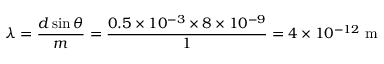
\lambda = \frac { d \sin \theta } { m } = \frac { 0 . 5 \times 1 0 ^ { - 3 } \times 8 \times 1 0 ^ { - 9 } } { 1 } = 4 \times 1 0 ^ { - 1 2 } \mathrm { ~ m }